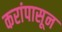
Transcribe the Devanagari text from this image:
करांपासून